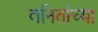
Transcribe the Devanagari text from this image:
वनितांच्या